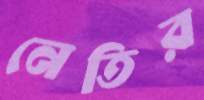
নেতির